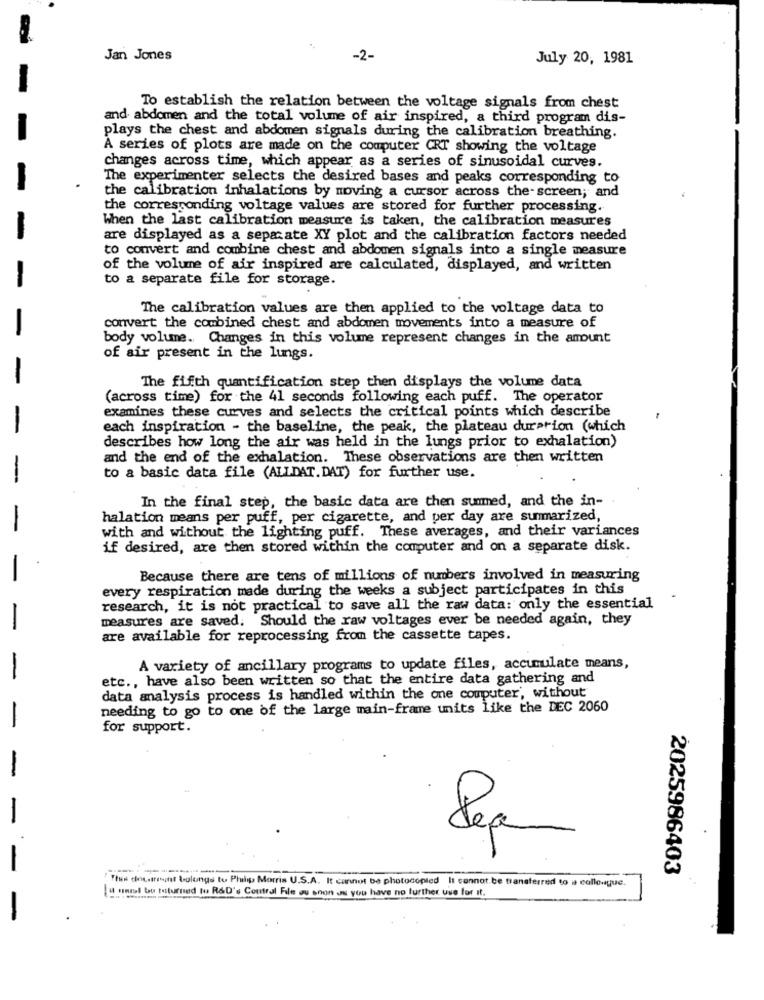
Jan Jones
-2-
July 20, 1981
To establish the relation between the voltage signals from chest
and abdomen and the total volume of air inspired, a third program dis-
plays the chest and abdomen signals during the calibration breathing.
A series of plots are made on the computer CRT showing the voltage
changes across time, which appear as a series of sinusoidal curves.
The experimenter selects the desired bases and peaks corresponding to
the calibration inhalations by moving a cursor across the-screen; and
the corresponding voltage values are stored for further processing.
When the last calibration measure is taken, the calibration measures
are displayed as a separate XY plot and the calibration factors needed
to convert and combine chest and abdomen signals into a single measure
of the volume of air inspired are calculated, displayed, and written
to a separate file for storage.
The calibration values are then applied to the voltage data to
convert the combined chest and abdomen movements into a measure of
body volume. Changes in this volume represent changes in the amount
of air present in the lungs.
-
The fifth quantification step then displays the volume data
(across time) for the 41 seconds following each puff. The operator
examines these curves and selects the critical points which describe
-
each inspiration - the baseline, the peak, the plateau duration (which
describes how long the air was held in the lungs prior to exhalation)
and the end of the exhalation. These observations are then written
-
to a basic data file (ALLDAT. DAT) for further use.
In the final step, the basic data are then sunmed, and the in-
halation means per puff, per cigarette, and per day are summarized,
-
with and without the lighting puff. These averages, and their variances
if desired, are then stored within the computer and on a separate disk.
Because there are tens of millions of numbers involved in measuring
every respiration made during the weeks a subject participates in this
research, it is not practical to save all the raw data: only the essential
measures are saved. Should the raw voltages ever be needed again, they
-
are available for reprocessing from the cassette tapes.
A variety of ancillary programs to update files, accumulate means,
-
etc ., have also been written so that the entire data gathering and
data analysis process is handled within the one computer', without
needing to go to one of the large main-frame units like the DEC 2060
-
for support.
-
-
2025986403
Tius det.tenint tolungs to Philip Morris U.S.A. It cannot be photocopled It cannot. be transferred to a collongue.
4 mwst bu tosturned tu R&D's Contral File ou snon os you have no further use for it.
-